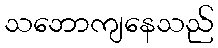
သဘောကျနေသည်